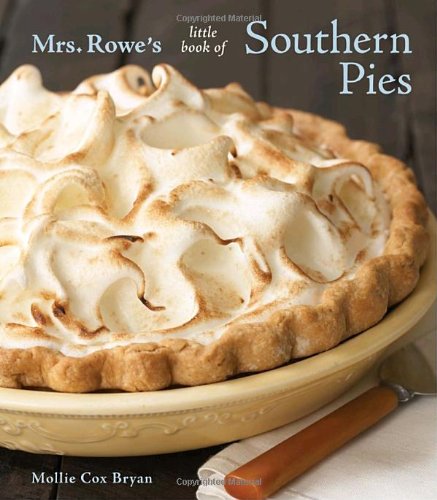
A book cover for Mrs. Rowe's Little Book of Southern Pies; Mollie Cox Bryan; Cookbooks, Food & Wine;